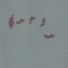
تواجدي